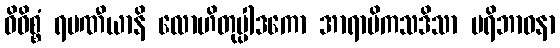
ဝိဝိစ္စံ ရမဏီယာနိ လောဟိတုပ္ပါဒကော အာရာမိကသဒိသာ ပရိဘာဝနာ